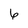
Character: 6